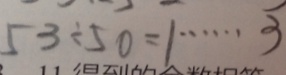
5 3 \div 5 0 = 1 \cdots 3